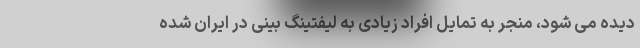
دیده می شود، منجر به تمایل افراد زیادی به لیفتینگ بینی در ایران شده